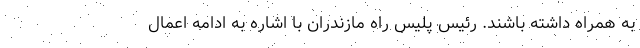
به همراه داشته باشند. رئیس پلیس راه مازندران با اشاره به ادامه اعمال